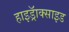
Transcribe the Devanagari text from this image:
हाइड्रॅाक्साइड